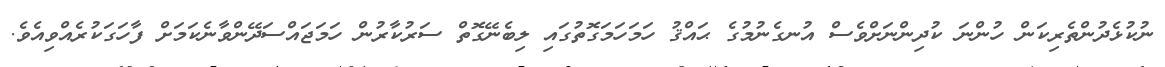
ނުކުޅެދުންތެރިކަން ހުންނަ ކުދިންނަށްވެސް އުނގެނުމުގެ ޙައްޤު ހަމަހަމަގޮތުގައި ލިބެނޭގޮތް ސަރުކާރުން ހަމަޖައްސަދޭންވާނެކަމަށް ފާހަގަކުރެއްވިއެވެ.